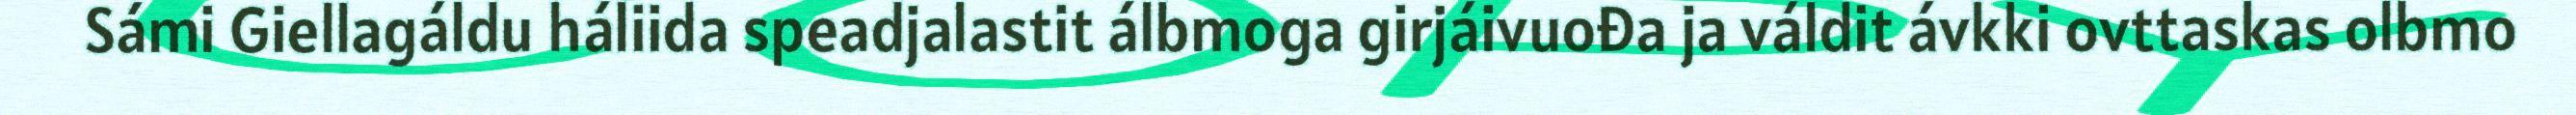
Sámi Giellagáldu háliida speadjalastit álbmoga girjáivuođa ja váldit ávkki ovttaskas olbmo